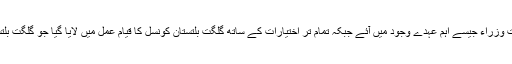
جس کی روح سے گورنر ،وزیر اعلیٰ ،اپوزیشن لیڈر سمیت وزراء جیسے اہم عہدے وجود میں آئے جبکہ تمام تر اختیارات کے ساتھ گلگت بلتستان کونسل کا قیام عمل میں لایا گیا جو گلگت بلتستان قانون ساز اسمبلی کے لئے سینٹ کا درجہ رکھتا ہے۔